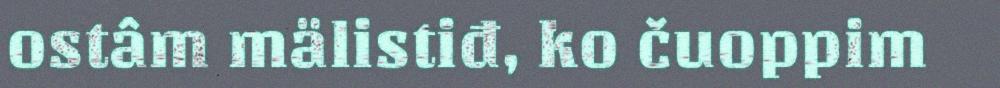
ostâm mälistiđ, ko čuoppim